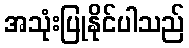
အသုံးပြုနိုင်ပါသည်